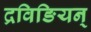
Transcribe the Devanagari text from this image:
द्रविङियन्